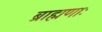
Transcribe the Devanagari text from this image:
ब्राह्मणाः